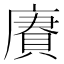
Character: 賡